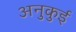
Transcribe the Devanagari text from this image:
अनुकुई